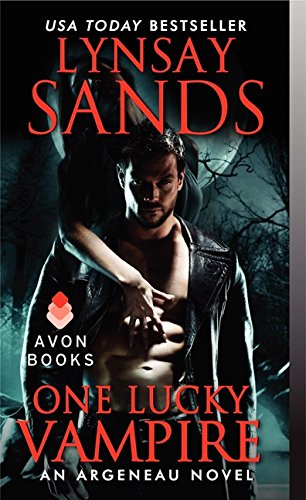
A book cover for One Lucky Vampire: An Argeneau Novel (Argeneau Vampire); Lynsay Sands; Romance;